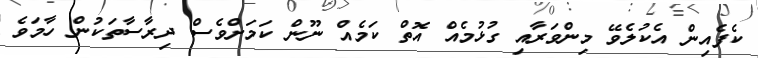
ކެފެއިން އެކުލެވޭ މިންވަރާއި ގުޅުމެއް އޮތް ކަމެއް ނޫން ކަމަށްވެސް ދިރާސާތަކުން ހާމަވެ